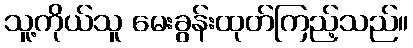
သူ့ကိုယ်သူ မေးခွန်းထုတ်ကြည့်သည်။